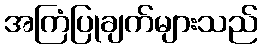
အကြံပြုချက်များသည်